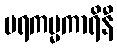
ပရကမ္မကာရိနီ